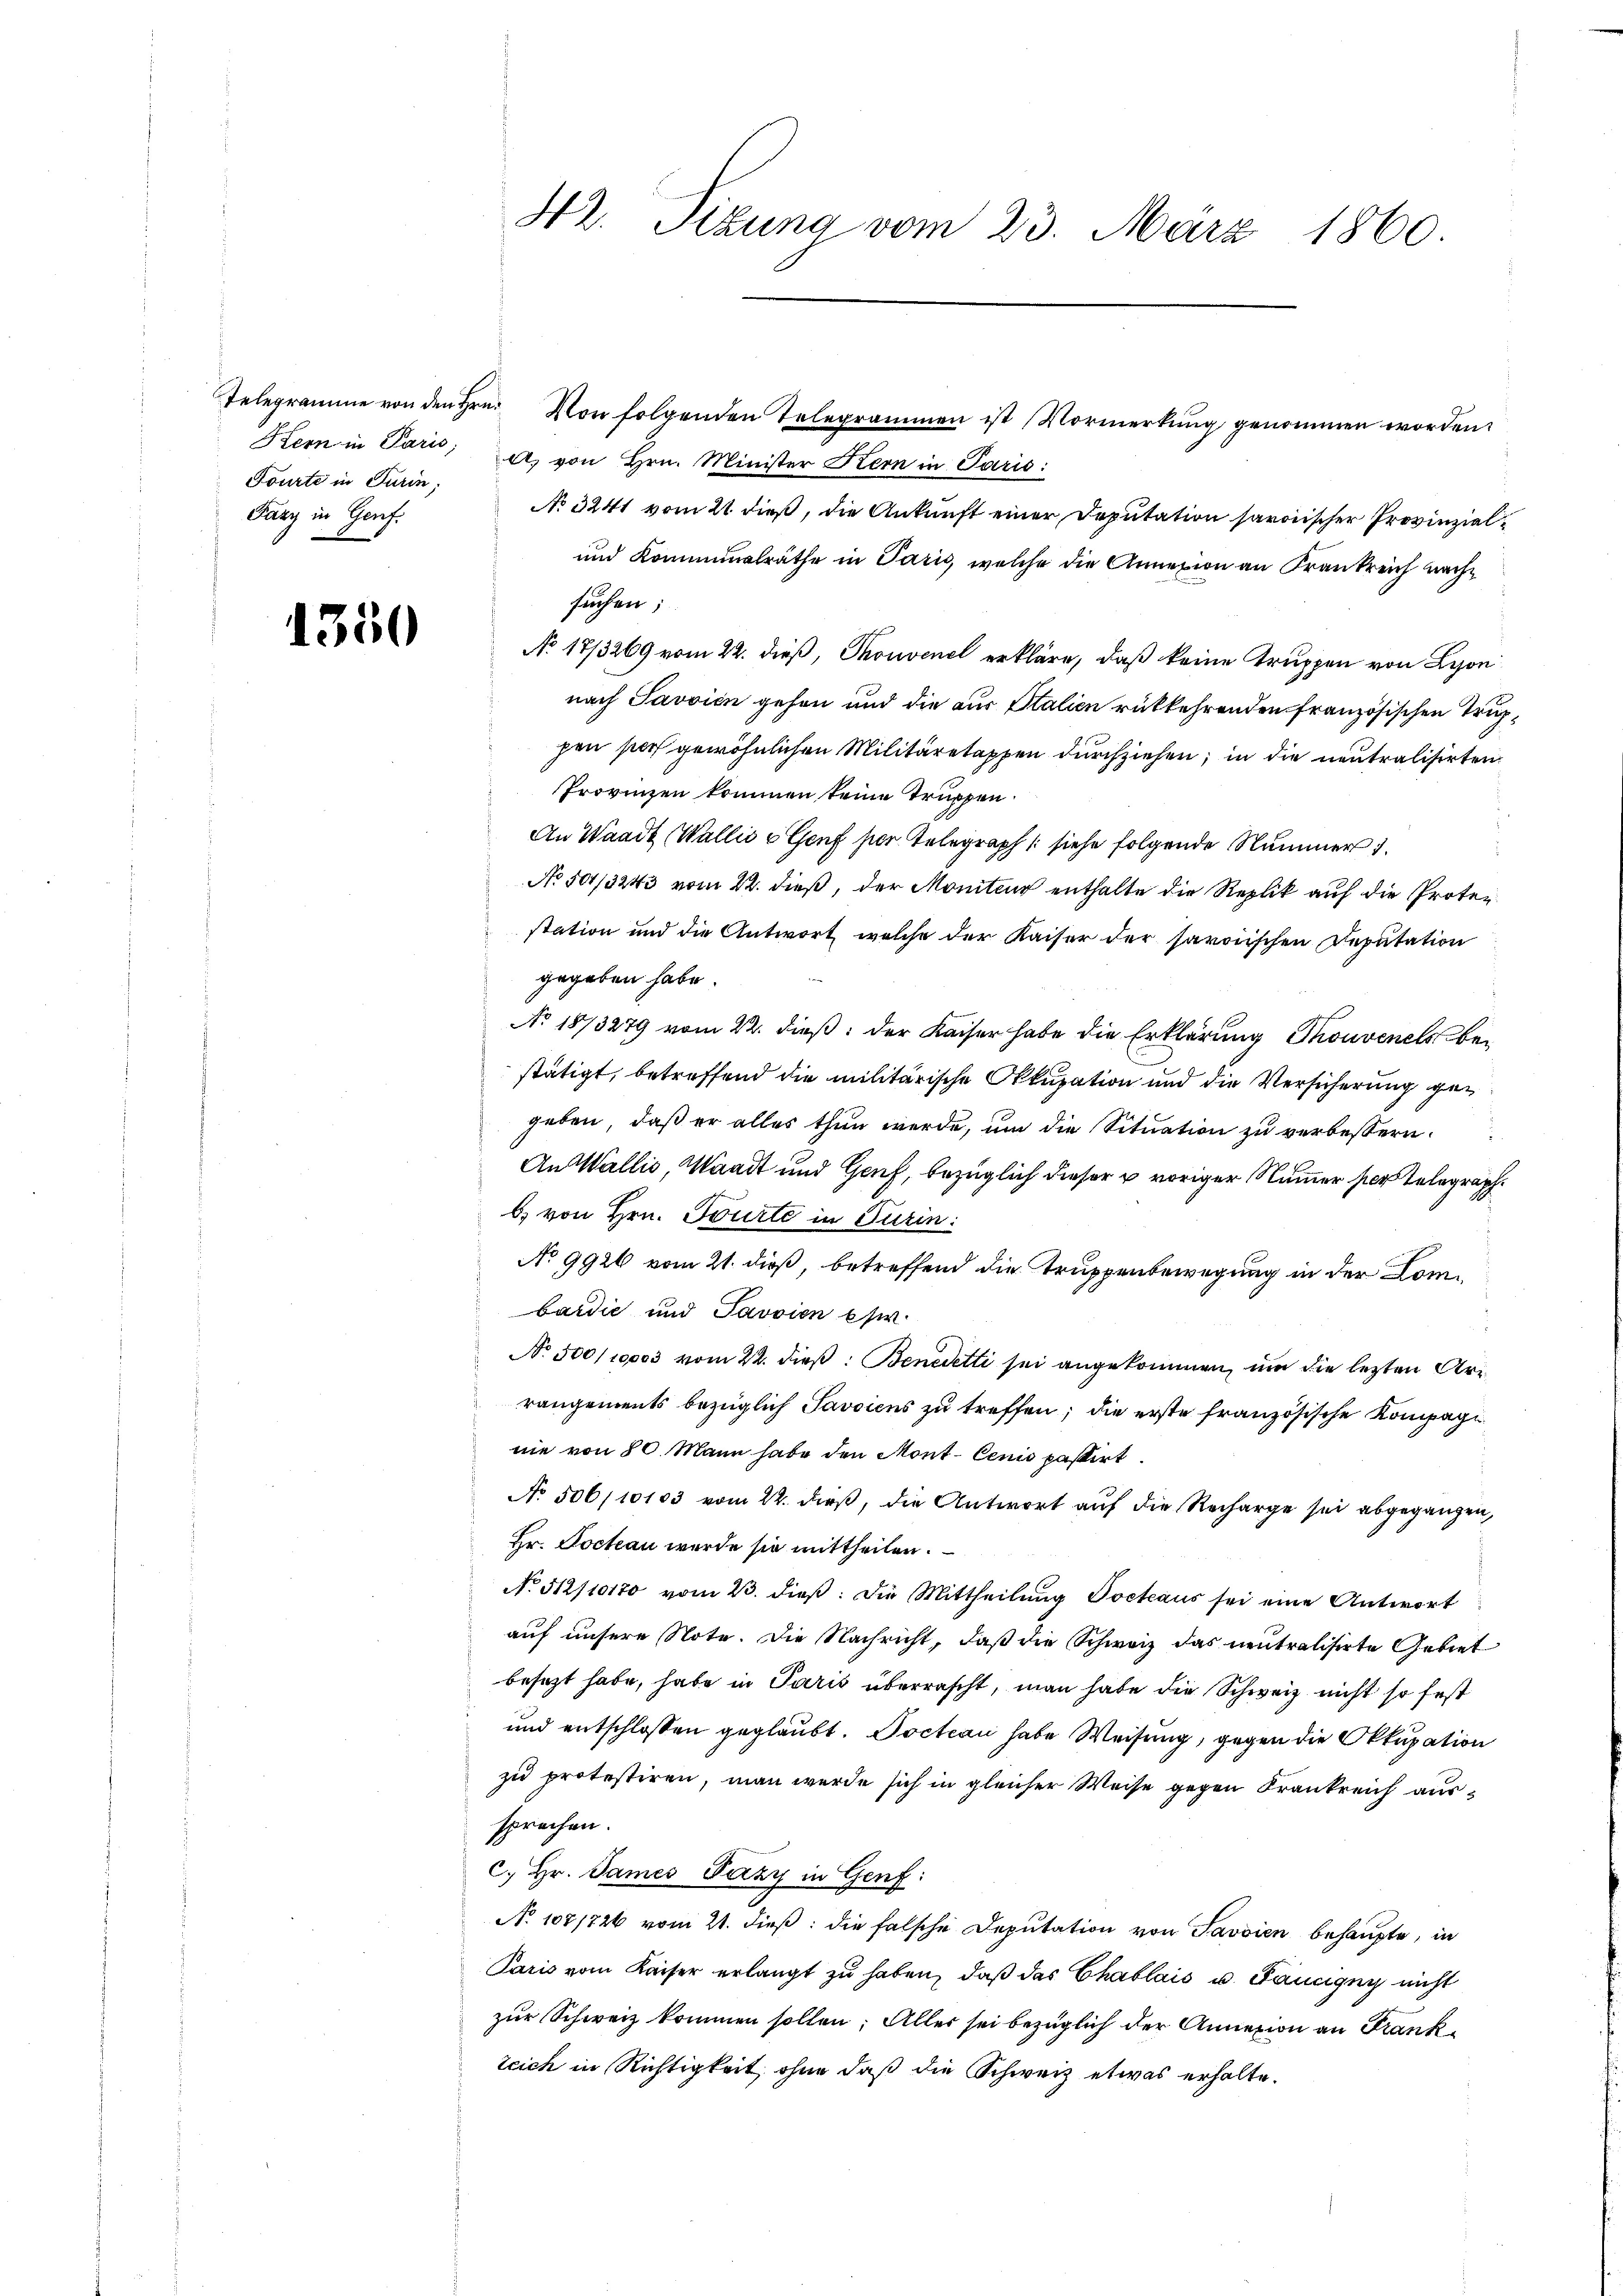
Hern in Paris,
Fourte in Turin;
Farz in Genf.

1350

42. Sizung vom 23. März 1860.

Telegramme von den Hrn. Von folgenden Telegrammen ist Vormerkŭng genommen worden.
A. von Hrn. Minister Kern in Paris:
No 3241 vom 21 dieß, die Ankunft einer Deputation saroischer Provinziel¬
und Komminalräthe in Paris, welche die Annexion an Frankreich nach
suchen;
No 17/3269 vom 22. dieß, Thonvenel erkläre, daß keine Truppen von Lyon
nach Savvien gehen und die aus Stalien rükkehrenden französischen Truphen per gewöhnlichen Militäretappen durchziehen; in die neutralisirten
Provinzen kommen keine Truppen
An Waadt (Wallis u Genf für Telegraph (siehe folgende Nummer 1.
No 501/3243 vom 22. dieß, der Moniteur enthalte die Replik auf die Protestation und die Antwort welche der Kaiser der savoischen Deputation
gegeben habe.
No 1873279 vom 22. dieß: der Kaiser habe die Erklärung Thonvenels bestätigt, betreffend die militärische Okkupation und die Versicherung gegeben, daß er alles thun werde, um die Situation zu verbessern.
An Wallis, Waadt und Genf, bezüglich dieser u voriger Nummer ser Telegraph
b. von Hrn. Tourte in Turin:
No 9926 vom 21. dieß, betreffend die Truppenbewegung in der Lombardić und Javvien es.
No. 500/10003 vom 22. dieß: Benedetti sei angekommen, um die lezten Arrangements bezüglich Savoicus zu treffen; die erste französische Kompagn
nie von 80. Mann habe den Mont-Cenis passirt.
No 506/10103 vom 22. dieß, die Antwort auf die Recharge sei abgegangen,
Hr. Jochan werde sie mittheilen.
No 512/10170 vom 23. dieβ: die Mittheilung Pocteaus sei eine Antwort
auf unsere Note. Die Nachricht, daß die Schweiz das neutralisirte Gebiet
besezt habe, habe in Paris überrascht, man habe die Schweiz nicht so fest
und entschlossen geglaubt. Docteau habe Weisung, gegen die Okkupation
zu protestiren, man werde sich in gleicher Weise gegen Krankreich aussprechen.
c. Hr. James Pazy in Genf:
No 1071726 vom 21. dieß: die falsche Deputation von Savoien behaupte, in
Paris vom Kaiser erlangt zu haben, daß das Chablais u. Fancigny nicht
zur Schweiz kommen sollen. Alles sei bezüglich der Annexion an Frank¬
Zeich in Richtigkeit, ohne daß die Schweiz etwas erhalte.